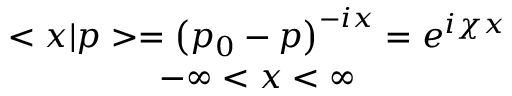
\begin{array} { c } { { < x | p > = \left( p _ { 0 } - p \right) ^ { - i x } = e ^ { i \chi x } } } \\ { { - \infty < x < \infty } } \end{array}